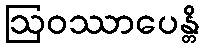
ဩဝဿာပေန္တိ